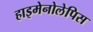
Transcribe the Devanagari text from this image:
हाइमेनोलेपिस